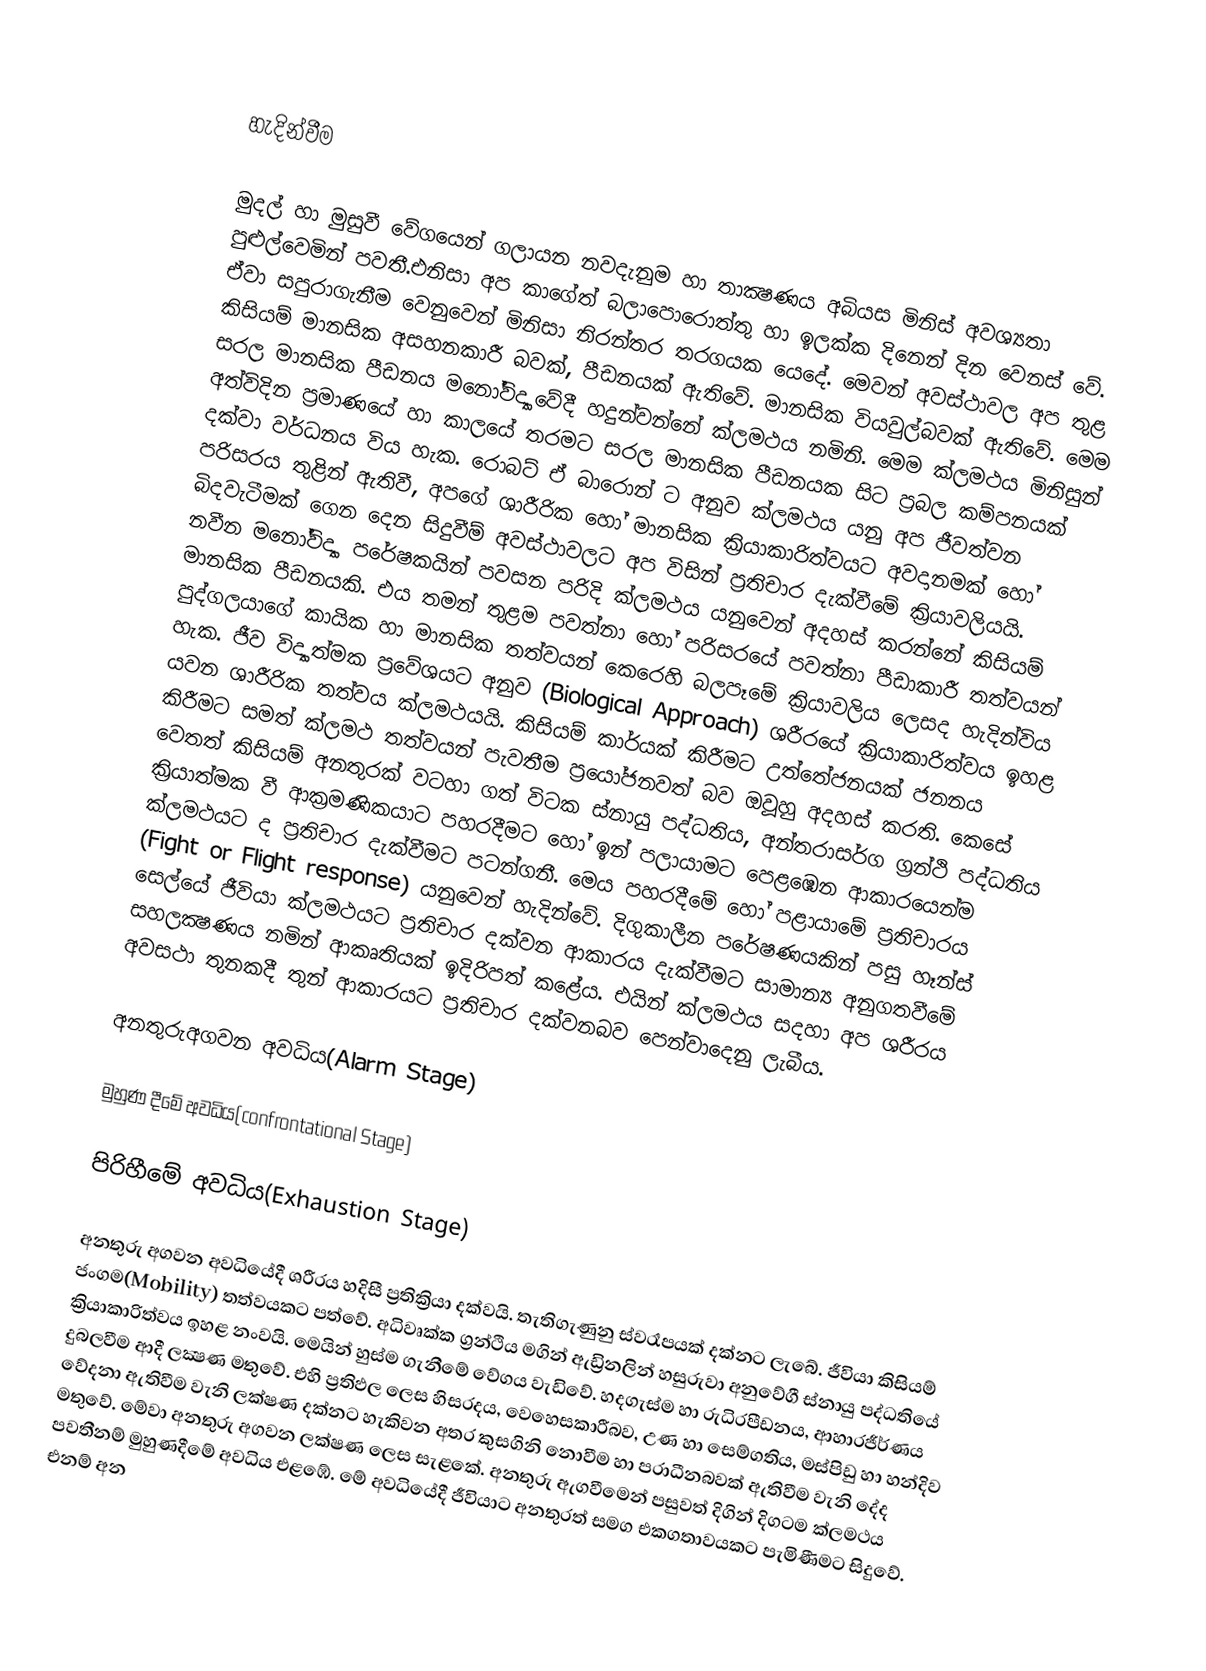

හැදින්වීම

මුදල්  හා මුසුවී වේගයෙන් ගලායන නවදැනුම හා තාක්‍ෂණය අබියස  මිනිස් අවශ්‍යතා පුළුල්වෙමින් පවතී.එනිසා අප කාගේත් බලාපොරොත්තු හා ඉලක්ක දිනෙන් දින වෙනස් වේ. ඒවා සපුරාගැනීම වෙනුවෙන් මිනිසා නිරන්තර තරගයක යෙදේ. මෙවන් අවස්ථාවල අප තුළ කිසියම් මානසික අසහනකාරී බවක්, පීඩනයක් ඇතිවේ. මානසික වියවුල්බවක් ඇතිවේ. මෙම සරල මානසික පීඩනය මනෝවිද්‍යාවේදී හදුන්වන්නේ ක්ලමථය නමිනි. මෙම ක්ලමථය මිනිසුන් අත්විදින ප්‍රමාණයේ හා කාලයේ තරමට සරල මානසික පීඩනයක සිට ප්‍රබල කම්පනයක් දක්වා වර්ධනය විය හැක. රොබට් ඒ බාරොන් ට අනුව ක්ලමථය යනු අප ජීවත්වන පරිසරය තුළින් ඇතිවී, අපගේ ශාරීරික හෝ මානසික ක්‍රියාකාරිත්වයට අවදානමක් හෝ බිදවැටීමක් ගෙන දෙන සිදුවීම් අවස්ථාවලට අප විසින් ප්‍රතිචාර දැක්වීමේ ක්‍රියාවලියයි. නවීන මනෝවිද්‍යා පරේෂකයින් පවසන පරිදි  ක්ලමථය යනුවෙන් අදහස් කරන්නේ කිසියම් මානසික පීඩනයකි. එය තමන් තුළම පවත්නා හෝ පරිසරයේ පවත්නා පීඩාකාරී තත්වයන් පුද්ගලයාගේ කායික හා මානසික තත්වයන් කෙරෙහි බලපෑමේ ක්‍රියාවලිය ලෙසද හැදින්විය හැක. ජීව විද්‍යාත්මක ප්‍රවේශයට අනුව (Biological Approach) ශරීරයේ ක්‍රියාකාරිත්වය ඉහළ යවන ශාරීරික තත්වය ක්ලමථයයි. කිසියම් කාර්යක් කිරීමට උත්තේජනයක් ජනනය කිරීමට සමත් ක්ලමථ තත්වයන් පැවතීම ප්‍රයෝජනවත් බව ඔවූහු අදහස් කරති. කෙසේ වෙතත් කිසියම් අනතුරක් වටහා ගත් විටක ස්නායු පද්ධතිය, අන්තරාසර්ග ග්‍රන්ථි පද්ධතිය ක්‍රියාත්මක වී ආක්‍රමණිකයාට පහරදීමට හෝ ඉන් පලායාමට පෙළඹෙන ආකාරයෙන්ම ක්ලමථයට ද ප්‍රතිචාර දැක්වීමට පටන්ගනී. මෙය පහරදීමේ හෝ පළායාමේ ප්‍රතිචාරය (Fight or Flight response) යනුවෙන් හැදින්වේ. දිගුකාලීන පරේෂණයකින් පසු හෑන්ස් සෙල්යේ ජීවියා ක්ලමථයට ප්‍රතිචාර දක්වන ආකාරය දැක්වීමට සාමාන්‍ය අනුගතවීමේ  සහලක්‍ෂණය නමින් ආකෘතියක් ඉදිරිපත් කළේය. එයින් ක්ලමථය සදහා අප ශරීරය අවසථා තුනකදී තුන් ආකාරයට ප්‍රතිචාර දක්වනබව පෙන්වාදෙනු ලැබීය.

අනතුරුඅගවන අවධිය(Alarm Stage)

මුහුණ දීමේ අවධිය(confrontational Stage)

පිරිහීමේ අවධිය(Exhaustion Stage)

අනතුරු අගවන අවධියේදී ශරීරය හදිසී ප්‍රතික්‍රියා දක්වයි. තැතිගැණුනු  ස්වරෑපයක් දක්නට ලැබේ. ජීවියා කිසියම් ජංගම(Mobility) තත්වයකට පත්වේ. අධිවෘක්ක ග්‍රන්ථිය මගින් ඇඩ්‍රිනලින් හසුරුවා අනුවේගී ස්නායු පද්ධතියේ ක්‍රියාකාරිත්වය ඉහළ නංවයි. මෙයින් හුස්ම ගැනීමේ වේගය වැඩිවේ. හදගැස්ම හා රුධිරපීඩනය, ආහාරජීර්ණය දුබලවීම ආදී ලක්‍ෂණ මතුවේ. එහි ප්‍රතිඵල ලෙස හිසරදය, වෙහෙසකාරීබව, උණ හා සෙම්ගතිය, මස්පිඩු හා හන්දිව වේදනා ඇතිවීම වැනි ලක‍‍‍‍‍‍‍‍‍‍්‍ෂණ දක්නට හැකිවන අතර කුසගිනි නොවීම හා පරාධීනබවක් ඇතිවීම වැනි දේද මතුවේ. මේවා අනතුරු අගවන ලක්ෂණ ලෙස සැළකේ. අනතුරු ඇගවීමෙන් පසුවත් දිගින් දිගටම ක්ලමථය පවතීනම් මුහුණදීමේ අවධිය එළඹේ. මේ අවධියේදී ජීවියාට අනතුරත් සමග එකගතාවයකට පැමිණීමට සිදුවේ. එනම් අන